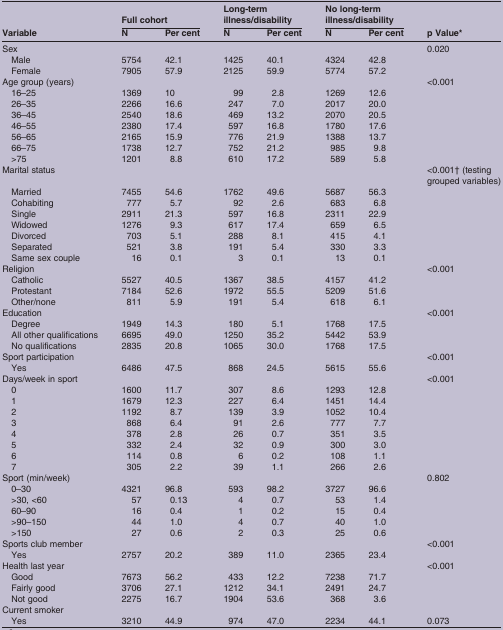
<table><thead><tr><td rowspan="2"><b>Variable</b></td><td colspan="2"><b>Full cohort</b></td><td colspan="2"><b>Long-term illness/disability</b></td><td colspan="2"><b>No long-term illness/disability</b></td><td rowspan="2"><b>p Value*</b></td></tr><tr><td><b>N</b></td><td><b>Per cent</b></td><td><b>N</b></td><td><b>Per cent</b></td><td><b>N</b></td><td><b>Per cent</b></td></tr></thead><tbody><tr><td>Sex</td><td></td><td></td><td></td><td></td><td></td><td></td><td>0.020</td></tr><tr><td> Male</td><td>5754</td><td>42.1</td><td>1425</td><td>40.1</td><td>4324</td><td>42.8</td><td rowspan="2"> </td></tr><tr><td> Female</td><td>7905</td><td>57.9</td><td>2125</td><td>59.9</td><td>5774</td><td>57.2</td></tr><tr><td>Age group (years)</td><td></td><td></td><td></td><td></td><td></td><td></td><td>&lt;0.001</td></tr><tr><td> 16–25</td><td>1369</td><td>10</td><td>99</td><td>2.8</td><td>1269</td><td>12.6</td><td rowspan="7"> </td></tr><tr><td> 26–35</td><td>2266</td><td>16.6</td><td>247</td><td>7.0</td><td>2017</td><td>20.0</td></tr><tr><td> 36–45</td><td>2540</td><td>18.6</td><td>469</td><td>13.2</td><td>2070</td><td>20.5</td></tr><tr><td> 46–55</td><td>2380</td><td>17.4</td><td>597</td><td>16.8</td><td>1780</td><td>17.6</td></tr><tr><td> 56–65</td><td>2165</td><td>15.9</td><td>776</td><td>21.9</td><td>1388</td><td>13.7</td></tr><tr><td> 66–75</td><td>1738</td><td>12.7</td><td>752</td><td>21.2</td><td>985</td><td>9.8</td></tr><tr><td> &gt;75</td><td>1201</td><td>8.8</td><td>610</td><td>17.2</td><td>589</td><td>5.8</td></tr><tr><td>Marital status</td><td></td><td></td><td></td><td></td><td></td><td></td><td>&lt;0.001† (testing grouped variables)</td></tr><tr><td> Married</td><td>7455</td><td>54.6</td><td>1762</td><td>49.6</td><td>5687</td><td>56.3</td><td rowspan="7"> </td></tr><tr><td> Cohabiting</td><td>777</td><td>5.7</td><td>92</td><td>2.6</td><td>683</td><td>6.8</td></tr><tr><td> Single</td><td>2911</td><td>21.3</td><td>597</td><td>16.8</td><td>2311</td><td>22.9</td></tr><tr><td> Widowed</td><td>1276</td><td>9.3</td><td>617</td><td>17.4</td><td>659</td><td>6.5</td></tr><tr><td> Divorced</td><td>703</td><td>5.1</td><td>288</td><td>8.1</td><td>415</td><td>4.1</td></tr><tr><td> Separated</td><td>521</td><td>3.8</td><td>191</td><td>5.4</td><td>330</td><td>3.3</td></tr><tr><td> Same sex couple</td><td>16</td><td>0.1</td><td>3</td><td>0.1</td><td>13</td><td>0.1</td></tr><tr><td>Religion</td><td></td><td></td><td></td><td></td><td></td><td></td><td>&lt;0.001</td></tr><tr><td> Catholic</td><td>5527</td><td>40.5</td><td>1367</td><td>38.5</td><td>4157</td><td>41.2</td><td rowspan="3"> </td></tr><tr><td> Protestant</td><td>7184</td><td>52.6</td><td>1972</td><td>55.5</td><td>5209</td><td>51.6</td></tr><tr><td> Other/none</td><td>811</td><td>5.9</td><td>191</td><td>5.4</td><td>618</td><td>6.1</td></tr><tr><td>Education</td><td></td><td></td><td></td><td></td><td></td><td></td><td>&lt;0.001</td></tr><tr><td> Degree</td><td>1949</td><td>14.3</td><td>180</td><td>5.1</td><td>1768</td><td>17.5</td><td rowspan="3"> </td></tr><tr><td> All other qualifications</td><td>6695</td><td>49.0</td><td>1250</td><td>35.2</td><td>5442</td><td>53.9</td></tr><tr><td> No qualifications</td><td>2835</td><td>20.8</td><td>1065</td><td>30.0</td><td>1768</td><td>17.5</td></tr><tr><td>Sport participation</td><td></td><td></td><td></td><td></td><td></td><td></td><td>&lt;0.001</td></tr><tr><td> Yes</td><td>6486</td><td>47.5</td><td>868</td><td>24.5</td><td>5615</td><td>55.6</td><td></td></tr><tr><td>Days/week in sport</td><td></td><td></td><td></td><td></td><td></td><td></td><td>&lt;0.001</td></tr><tr><td> 0</td><td>1600</td><td>11.7</td><td>307</td><td>8.6</td><td>1293</td><td>12.8</td><td rowspan="8"> </td></tr><tr><td> 1</td><td>1679</td><td>12.3</td><td>227</td><td>6.4</td><td>1451</td><td>14.4</td></tr><tr><td> 2</td><td>1192</td><td>8.7</td><td>139</td><td>3.9</td><td>1052</td><td>10.4</td></tr><tr><td> 3</td><td>868</td><td>6.4</td><td>91</td><td>2.6</td><td>777</td><td>7.7</td></tr><tr><td> 4</td><td>378</td><td>2.8</td><td>26</td><td>0.7</td><td>351</td><td>3.5</td></tr><tr><td> 5</td><td>332</td><td>2.4</td><td>32</td><td>0.9</td><td>300</td><td>3.0</td></tr><tr><td> 6</td><td>114</td><td>0.8</td><td>6</td><td>0.2</td><td>108</td><td>1.1</td></tr><tr><td> 7</td><td>305</td><td>2.2</td><td>39</td><td>1.1</td><td>266</td><td>2.6</td></tr><tr><td>Sport (min/week)</td><td></td><td></td><td></td><td></td><td></td><td></td><td>0.802</td></tr><tr><td> 0–30</td><td>4321</td><td>96.8</td><td>593</td><td>98.2</td><td>3727</td><td>96.6</td><td rowspan="5"> </td></tr><tr><td> &gt;30, &lt;60</td><td>57</td><td>0.13</td><td>4</td><td>0.7</td><td>53</td><td>1.4</td></tr><tr><td> 60–90</td><td>16</td><td>0.4</td><td>1</td><td>0.2</td><td>15</td><td>0.4</td></tr><tr><td> &gt;90–150</td><td>44</td><td>1.0</td><td>4</td><td>0.7</td><td>40</td><td>1.0</td></tr><tr><td> &gt;150</td><td>27</td><td>0.6</td><td>2</td><td>0.3</td><td>25</td><td>0.6</td></tr><tr><td>Sports club member</td><td></td><td></td><td></td><td></td><td></td><td></td><td>&lt;0.001</td></tr><tr><td> Yes</td><td>2757</td><td>20.2</td><td>389</td><td>11.0</td><td>2365</td><td>23.4</td><td></td></tr><tr><td>Health last year</td><td></td><td></td><td></td><td></td><td></td><td></td><td>&lt;0.001</td></tr><tr><td> Good</td><td>7673</td><td>56.2</td><td>433</td><td>12.2</td><td>7238</td><td>71.7</td><td rowspan="3"> </td></tr><tr><td> Fairly good</td><td>3706</td><td>27.1</td><td>1212</td><td>34.1</td><td>2491</td><td>24.7</td></tr><tr><td> Not good</td><td>2275</td><td>16.7</td><td>1904</td><td>53.6</td><td>368</td><td>3.6</td></tr><tr><td colspan="8">Current smoker</td></tr><tr><td> Yes</td><td>3210</td><td>44.9</td><td>974</td><td>47.0</td><td>2234</td><td>44.1</td><td>0.073</td></tr></tbody></table>